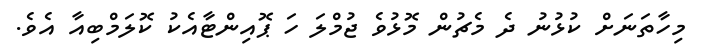
މިހާތަނަށް ކުޅުނު ދެ މެޗުން މޮޅުވެ ޖުމްލަ ހަ ޕޮއިންޓާއެކު ކޮލަމްބިއާ އެވެ.